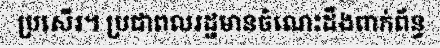
ប្រសើរ។ ប្រជាពលរដ្ឋមានចំណេះដឹងពាក់ព័ន្ធ